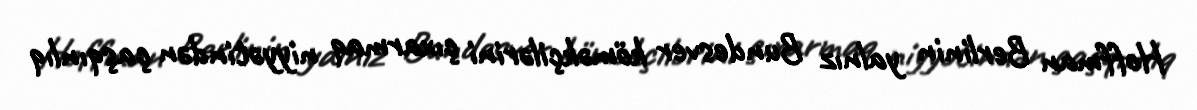
Hoffman Berlinin yalnız Bundesver köməkçilərini çıxarmaq niyyətindən çaşqınlıq